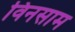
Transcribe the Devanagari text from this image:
विनसाम